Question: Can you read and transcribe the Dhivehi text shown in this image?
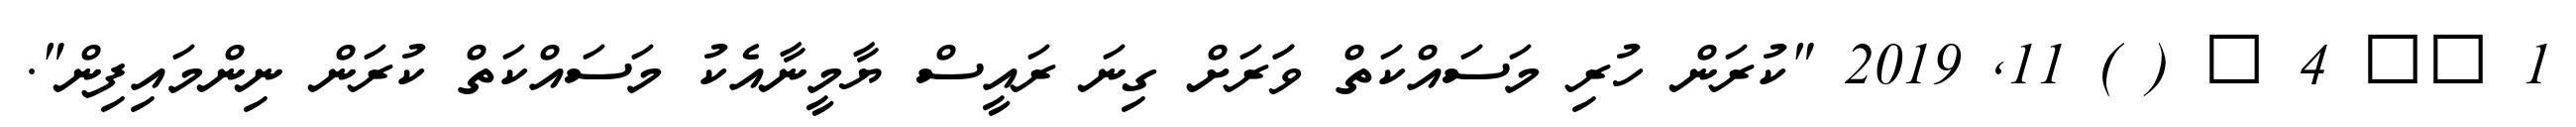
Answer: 1 ?? 4 ? ( ) 11, 2019 "ކުރަން ހުރި މަސައްކަތް ވަަރަށް ގިނަ ރައީސް ޔާމީނާއެކު މަސައްކަތް ކުރަން ނިންމައިފިން".